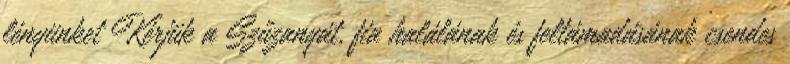
lényünket Kérjük a Szűzanyát, fia halálának és feltámadásának csendes